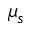
\mu _ { s }